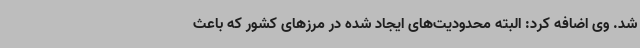
شد. وی اضافه کرد: البته محدودیت‌های ایجاد شده در مرزهای کشور که باعث